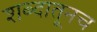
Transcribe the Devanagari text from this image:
शब्दातूनच